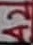
Text: A2